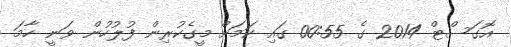
އޮގަސްޓް 2014 ގެ 00:55 ގައި ކަމަށް މީގެކުރިން ފުލުހުން ވަނީ ހާމަ